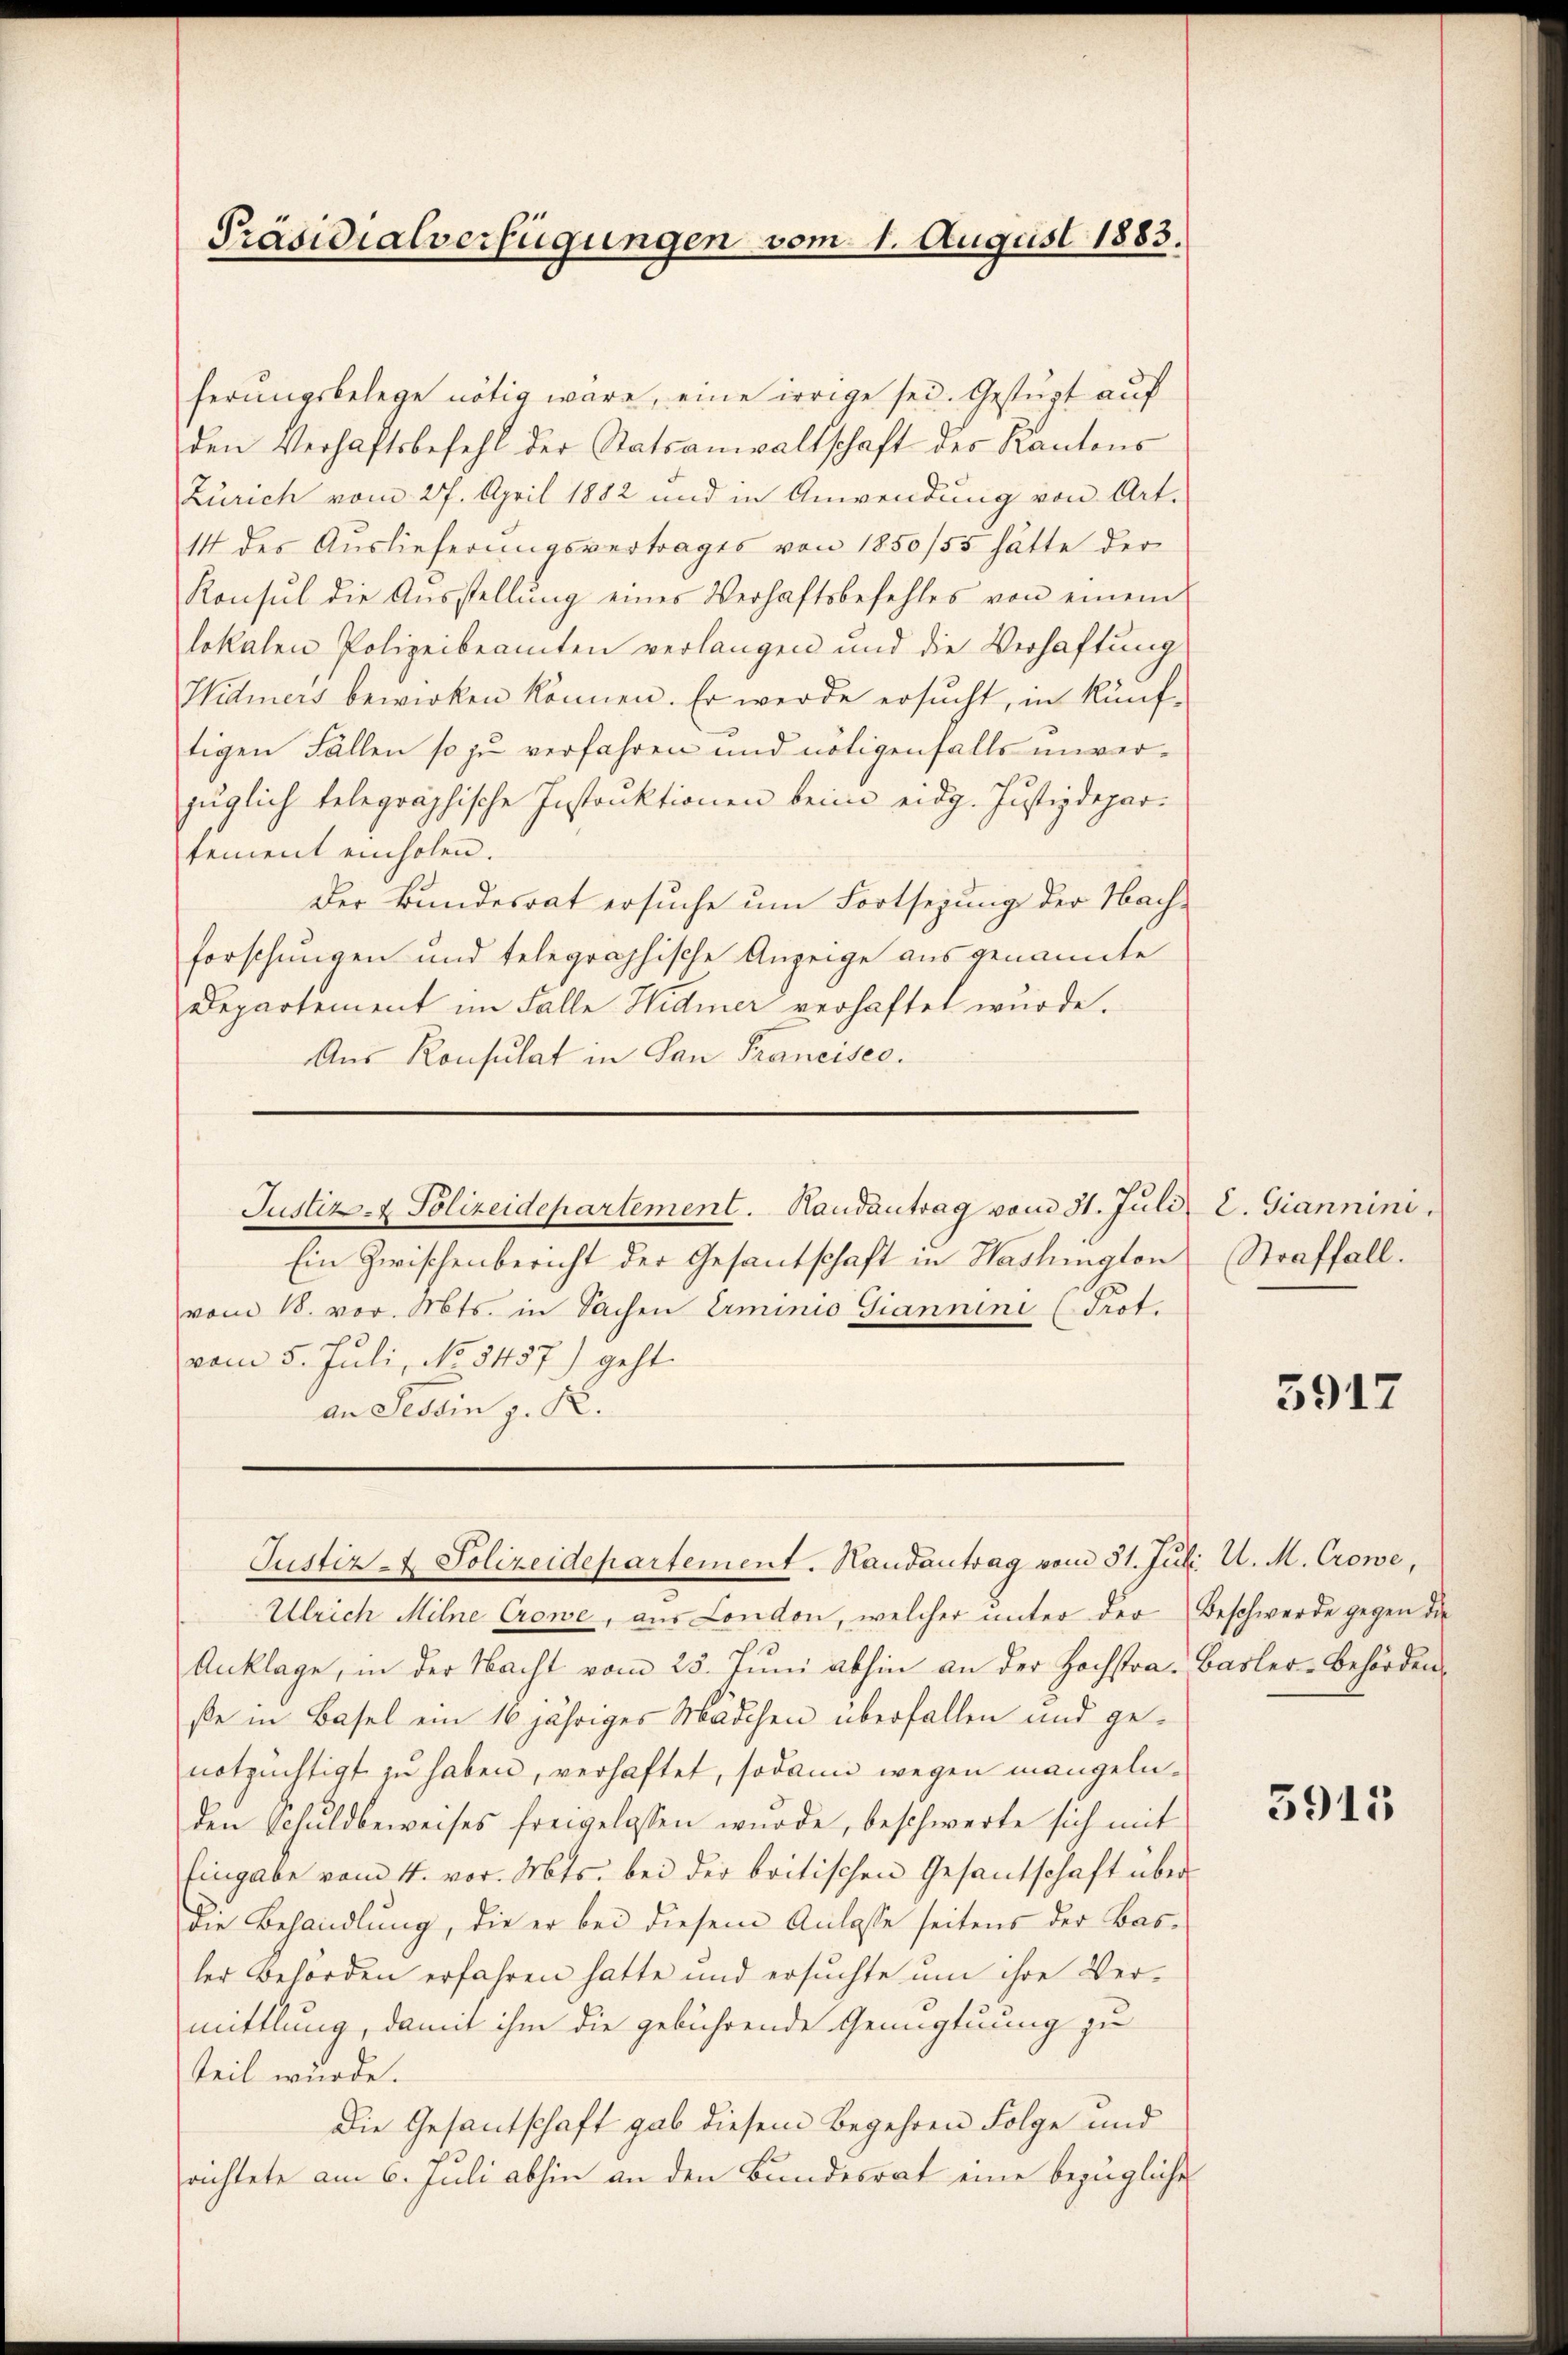
ferungsbelege nötig wäre, eine irrige sei. Gestüzt auf
den Verhaftsbefehl der Statsanwaltschaft des Kantons
Zürich vom 27. April 1882 und in Anwendung von Art.
14 des Auslieferungsvertrages von 1850/55 hätte der
Konsul die Aŭsstellŭng eines Verhaftsbefehles von einem
lokalen Polizeibeamten verlangen und die Verhaftung
Hidmers bewirken können. Er werde ersucht, in künftigen Fällen so zu verfahren und nötigenfalls unverzüglich telegraphische Instruktionen beim eidg. Justizdepartement einholen.
Der Bundesrat ersuche um Fortsezung der Nachforschungen und telegraphische Anzeige aus genannte
Departement im Falle Widmer verhaftet wurde.
Aus Konsulat in San Francisec.

Präsidialverfügungen vom 1. August 1883.

Justiz- & Polizeidepartement. Handantrag vom 31. Juli l. Giannini.

Justiz- & Polizeidepartement. Handantrag vom 31. Jul. U. M. Crowe,

Ein Zwischenbericht der Gesantschaft in Washington Straffall.
vom 18. vor. Mts. in Sachen Erminio Giannini (Prot.
vom 5. Juli, No. 5457) geht.
an Tessin z. R.

Ulrich Milne Crowe, aus London, welcher unter der Beschwerde gegen die
Anklage, in der Nacht vom 25. Jŭni abhin an der Hochstra-Basler-Behörden.
ße in Basel ein 10 jähriges Mädchen überfallen und genotzüchtigt zu haben, verhaftet, sodann wegen mangelnden Schuldbeweises freigelassen wŭrde, beschwerte sich mit
Eingabe vom 4. vor. Mts. bei der britischen Gesandschaft über
die Behandlung, die er bei diesem Anlasse seitens der Basler Behörden erfahren hatte und ersuchte um ihre Vermittlung, damit ihm die gebührende Genugtuung zu
teil wurde.
Die Gesantschaft gab diesem Begehren Folge und
richtete am 6. Juli abhin an den Bundesrat eine bezügliche

5917

3915